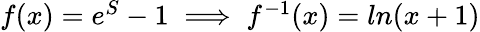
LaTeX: \begin{array}{r}{f(x)=e^{S}-1\implies f^{-1}(x)=ln(x+1)}\end{array}